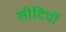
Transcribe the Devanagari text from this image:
सीदियों